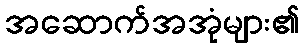
အဆောက်အအုံများ၏